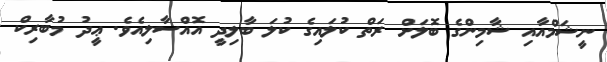
ނީޝަމްއާއި ޝާމިންގެ ބޮލަށް ރަތް ކުލައިގެ ކުލަ ބާލިދީ އޮއްސާލިއެވެ. ޢީދު މުބާރިކް